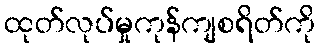
ထုတ်လုပ်မှုကုန်ကျစရိတ်ကို